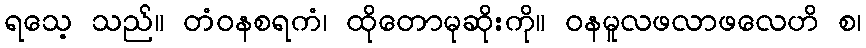
ရသေ့ သည်။ တံဝနစရကံ၊ ထိုတောမုဆိုးကို။ ဝနမူလဖလာဖလေဟိ စ၊